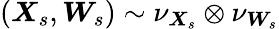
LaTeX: (\boldsymbol{X}_{s},\boldsymbol{W}_{s})\sim\nu_{\boldsymbol{X}_{s}}\otimes\nu_{\boldsymbol{W}_{s}}